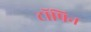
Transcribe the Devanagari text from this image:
टॉपिन